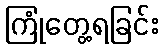
ကြုံတွေ့ရခြင်း